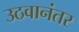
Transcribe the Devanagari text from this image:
उठवानंतर